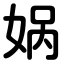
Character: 娲